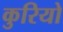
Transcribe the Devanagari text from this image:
कुरियो